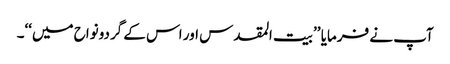
آپ نے فرمایا ’’بیت المقدس اور اس کے گردونواح میں‘‘۔